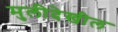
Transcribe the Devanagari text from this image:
मुलीदेखील